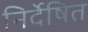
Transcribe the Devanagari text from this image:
निर्देषित